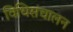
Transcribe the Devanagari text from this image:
विधिसंचालन